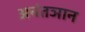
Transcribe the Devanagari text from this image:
अनंतञान